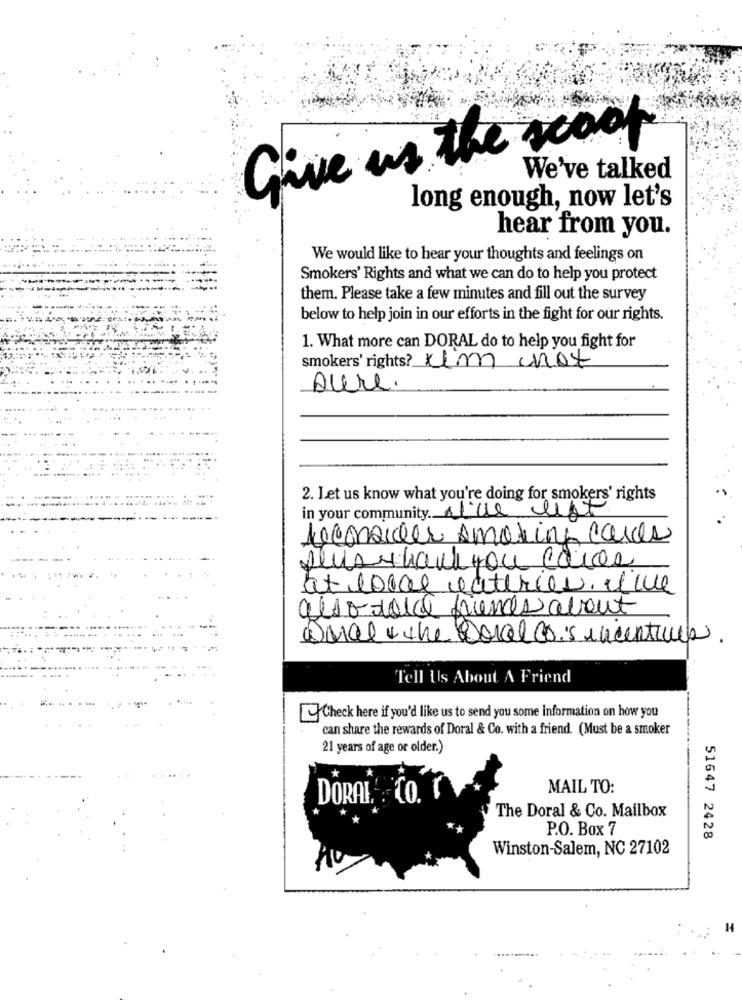
Give us the scoot
We've talked
long enough, now let's
hear from you.
We would like to hear your thoughts and feelings on
Smokers' Rights and what we can do to help you protect
them. Please take a few minutes and fill out the survey
below to help join in our efforts in the fight for our rights.
1. What more can DORAL do to help you fight for
smokers' rights? um anot
Aure.
2. Let us know what you're doing for smokers' rights
in your community. sice ust
Reconsider smoking cares
Alusthank you eares
at local eateries. we
also dolce friends about
werde + the coral co's incentives
Tell Us About A Friend
Check here if you'd like us to send you some information on how you
can share the rewards of Doral & Co. with a friend. (Must be a smoker
21 years of age or older.)
MAIL TO:
DORAI.
The Doral & Co. Mailbox
P.O. Box 7
51647 2428
Winston-Salem, NC 27102